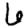
Digit: 6